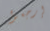
إرجعوا